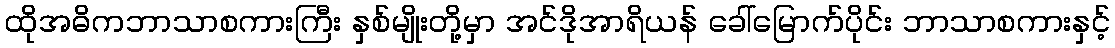
ထိုအဓိကဘာသာစကားကြီး နှစ်မျိုးတို့မှာ အင်ဒိုအာရိယန် ခေါ်မြောက်ပိုင်း ဘာသာစကားနှင့်